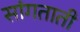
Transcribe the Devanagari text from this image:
सांगताती